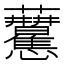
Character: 𧆒